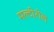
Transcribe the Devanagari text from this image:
मल्टीरोल